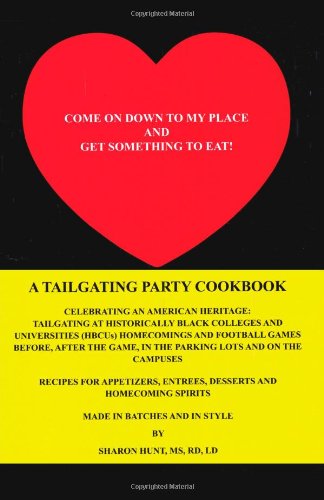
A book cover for Come On Down To My Place and Get Something to Eat!: A Tailgating Party Cookbook; Sharon Hunt; Cookbooks, Food & Wine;